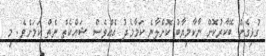
ގުޅިގެން ބޭކާރުކޮށް ނާކާމިޔާބު ކޮށްލާނެ ކަމާމެދު އެއްވެސް ޝައްކެތް ނެތް ކަމަށެވެ. މި